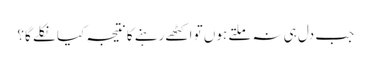
جب دل ہی نہ ملتے ہوں تو اکٹھے رہنے کا نتیجہ کیا نکلے گا؟